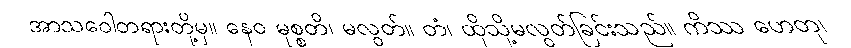
အာသဝေါတရားတို့မှ။ နေဝ မုစ္စတိ၊ မလွတ်။ တံ၊ ထိုသို့မလွတ်ခြင်းသည်။ ကိဿ ဟေတု၊